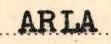
ARLA